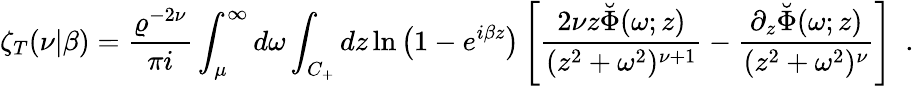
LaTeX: \zeta_{T}(\nu|\beta)={\frac{\varrho^{-2\nu}}{\pi i}}\int_{\mu}^{\infty}d\omega\int_{C_{+}}dz\ln\left(1-e^{i\beta z}\right)\left[{\frac{2\nu z\breve{\Phi}(\omega;z)}{(z^{2}+\omega^{2})^{\nu+1}}}-{\frac{\partial_{z}\breve{\Phi}(\omega;z)}{(z^{2}+\omega^{2})^{\nu}}}\right]~~.